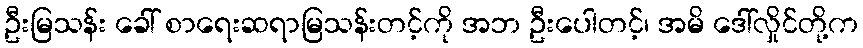
ဦးမြသန်း ခေါ် စာရေးဆရာမြသန်းတင့်ကို အဘ ဦးပေါတင့်၊ အမိ ဒေါ်လှိုင်တို့က